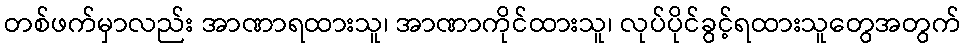
တစ်ဖက်မှာလည်း အာဏာရထားသူ၊ အာဏာကိုင်ထားသူ၊ လုပ်ပိုင်ခွင့်ရထားသူတွေအတွက်